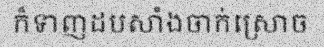
ក៏ទាញដបសាំងចាក់ស្រោច